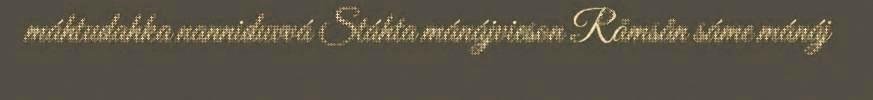
máhtudahka nanniduvvá Stáhta mánájvieson Råmsån sáme mánáj